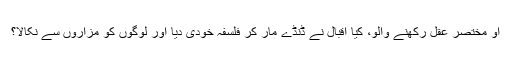
او مختصر عقل رکھنے والو، کیا اقبال نے ڈنڈے مار کر فلسفہ خودی دیا اور لوگوں کو مزاروں سے نکالا؟